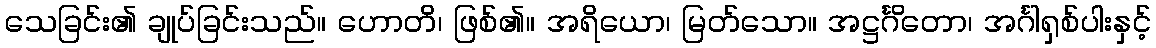
သေခြင်း၏ ချုပ်ခြင်းသည်။ ဟောတိ၊ ဖြစ်၏။ အရိယော၊ မြတ်သော။ အဋ္ဌင်္ဂိတော၊ အင်္ဂါရှစ်ပါးနှင့်